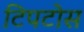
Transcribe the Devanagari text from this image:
टिपटोस